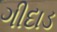
ગીદાડ